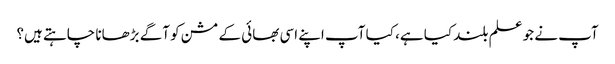
آپ نے جو علم بلند کیا ہے، کیا آپ اپنے اسی بھائی کے مشن کو آگے بڑھانا چاہتے ہیں؟